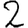
Digit: 2